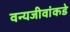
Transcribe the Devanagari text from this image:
वन्यजीवांकडे